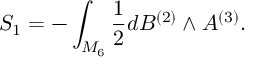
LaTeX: S _ { 1 } = - \int _ { { \cal M } _ { 6 } } { \frac { 1 } { 2 } } d B ^ { ( 2 ) } \wedge A ^ { ( 3 ) } .